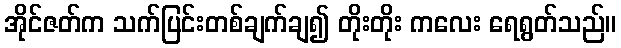
အိုင်ဇတ်က သက်ပြင်းတစ်ချက်ချ၍ တိုးတိုး ကလေး ရေရွတ်သည်။